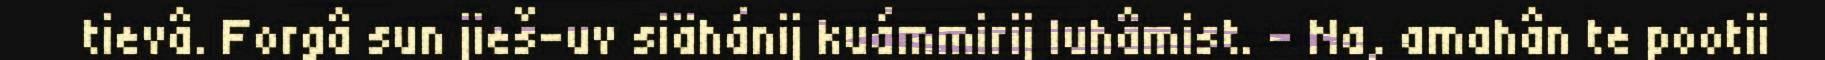
tievâ. Forgâ sun jieš-uv siähánij kuámmirij luhâmist. - Na, amahân te pootii